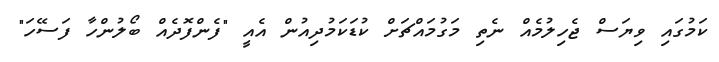
ކަމުގައި ވިޔަސް ޖެހިލުމެއް ނެތި މަގުމައްޗަށް ކުޑަކަމުދިއުން އެއީ "ފެންފޮދެއް ބޯލުންހާ ފަސޭހަ"